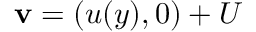
{ \bf v } = ( u ( y ) , 0 ) + U